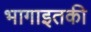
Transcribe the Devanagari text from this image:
भागाइतकी